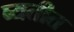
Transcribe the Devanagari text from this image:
ब्यतीत